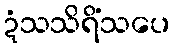
ဍံသသိရိံသပေ